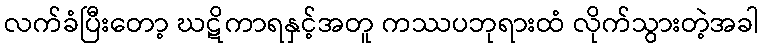
လက်ခံပြီးတော့ ဃဋိကာရနှင့်အတူ ကဿပဘုရားထံ လိုက်သွားတဲ့အခါ